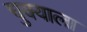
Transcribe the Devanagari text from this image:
चुक्याला